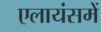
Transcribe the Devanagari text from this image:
एलायंसमें